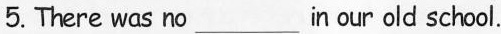
5.There was no___in our old school.